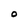
Character: O